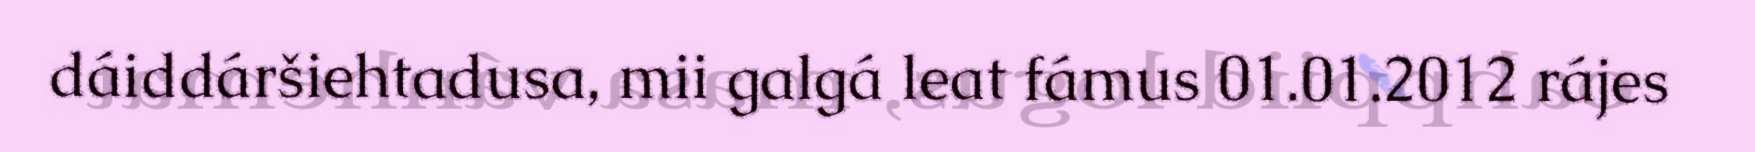
dáiddáršiehtadusa, mii galgá leat fámus 01.01.2012 rájes